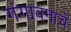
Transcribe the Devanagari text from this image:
गंगावनाचे